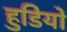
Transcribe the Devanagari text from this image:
हुडियों